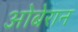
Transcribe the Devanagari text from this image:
ओबेरान